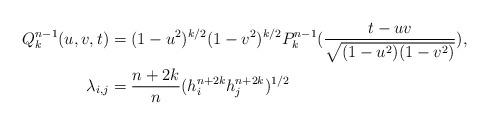
LaTeX: \begin{align*}Q_k^{n-1}(u,v,t) &= (1-u^2)^{k/2} (1-v^2)^{k/2} P_k^{n-1}(\frac{t-uv}{\sqrt{(1-u^2)(1-v^2)}}), \\\lambda_{i,j} &= \frac{n+2k}{n} (h^{n+2k}_i h^{n+2k}_j)^{1/2}\end{align*}